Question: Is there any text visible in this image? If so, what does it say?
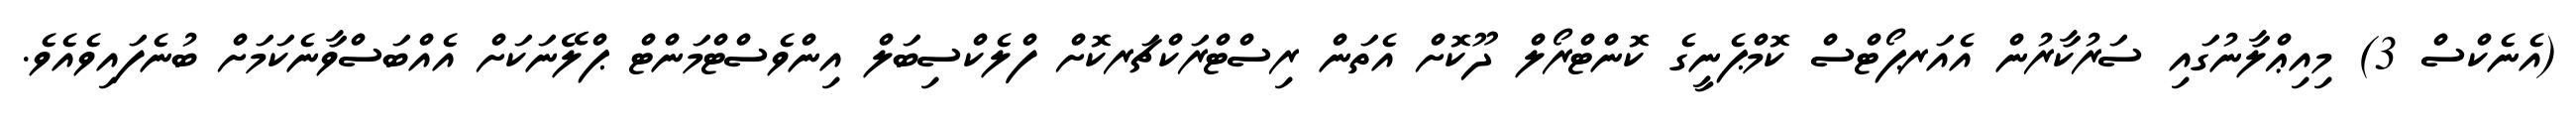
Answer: (އެނެކްސް 3) މިއިޢްލާނުގައި ސަރުކާރުން އެއަރޕޯޓްސް ކޮމްޕެނީގެ ކޮންޓްރޯލް ދޫކޮށް އެތަން ރިސްޓްރަކްޗަރކޮށް ފްލެކްސިބަލް އިންވެސްޓްމަންޓް ޕްލޭނަކަށް އެއްބަސްވާނެކަމަށް ބުނެފައިވެއެވެ.